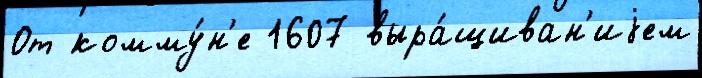
От комму́н'е 1607 выра́щиван'иjем